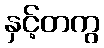
နှင့်တကွ